Problem: 7 × 8 = ?
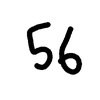
Handwritten answer: 56